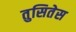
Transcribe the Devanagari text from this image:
तुसितेस